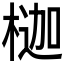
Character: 𪳇